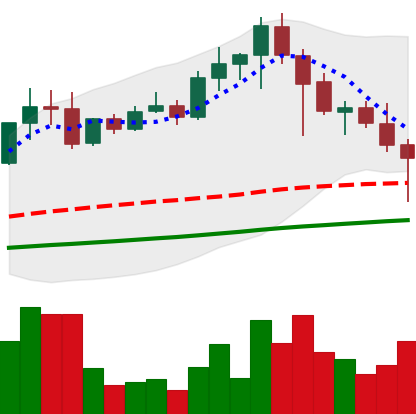
Ticker: EOS-USD
Chart end date: 2021-04-23
Forward return: 6.982%
Label: up_5_7